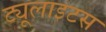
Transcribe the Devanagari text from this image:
ट्यूलाइटस